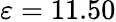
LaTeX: \varepsilon=11.50